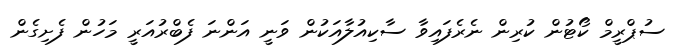
ސުޕްރީމް ކޯޓުން ކުރިން ނެރެފައިވާ ސާކިއުލާއަކުން ވަނީ އަންނަ ފެބްރުއަރީ މަހުން ފެށިގެން